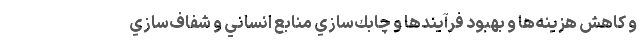
و كاهش هزينه‌ها و بهبود فرآيندها و چابك‌سازي منابع انساني و شفاف‌سازي